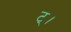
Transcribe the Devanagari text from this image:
ट्।